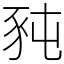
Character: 豘